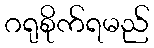
ဂရုစိုက်ရမည်